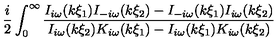
\frac { i } { 2 } \int _ { 0 } ^ { \infty } \frac { I _ { i \omega } ( k \xi _ { 1 } ) I _ { - i \omega } ( k \xi _ { 2 } ) - I _ { - i \omega } ( k \xi _ { 1 } ) I _ { i \omega } ( k \xi _ { 2 } ) } { I _ { i \omega } ( k \xi _ { 2 } ) K _ { i \omega } ( k \xi _ { 1 } ) - I _ { i \omega } ( k \xi _ { 1 } ) K _ { i \omega } ( k \xi _ { 2 } ) }